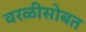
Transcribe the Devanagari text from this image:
वरळीसोबत